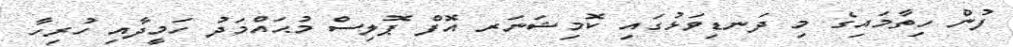
ފުން ހިތާމައިގެ މި ދަނޑިވަޅުގައި ކޮމިޝަނަރ އޮފް ޕޮލިސް މުޙައްމަދު ހަމީދާއި ހުރިހާ